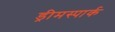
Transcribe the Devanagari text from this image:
ड्रीमस्पार्क